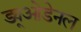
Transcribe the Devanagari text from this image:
ड्यूओडेनल